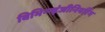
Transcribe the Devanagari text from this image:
विभिन्‍न्‍इंजीनियरिंग